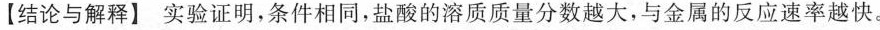
【结论与解释】实验证明，条件相同，盐酸的溶质质量分数越大，与金属的反应速率越快。